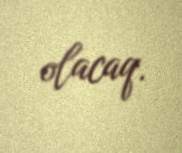
olacaq.